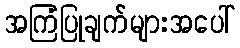
အကြံပြုချက်များအပေါ်